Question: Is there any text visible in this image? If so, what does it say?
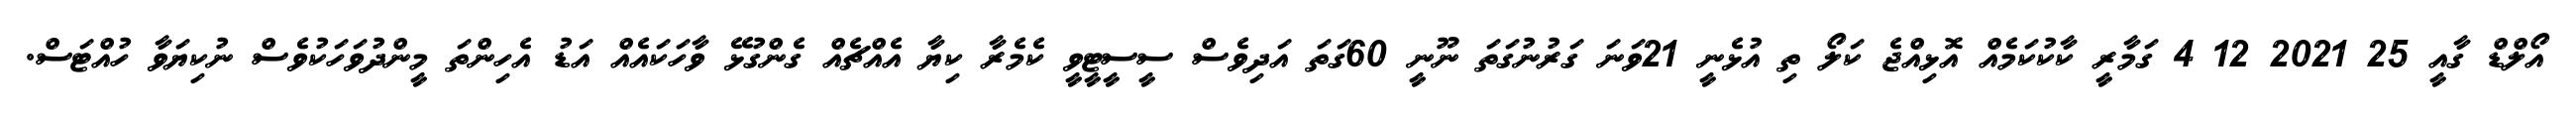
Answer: އޯލްޑް ގާއީ 25 2021 12 4 ގަމާރީ ކާކުކަމެއް އޮޅިއްޖެ ކަލޯ ތި އުޅެނީ 21ވަނަ ގަރުނުގަތަ ނޫނީ 60ގަތަ އަދިވެސް ސީސީޓީވީ ކެމެރާ ކިޔާ އެއްޗެއް ގެންގުޅޭ ވާހަކައެއް އަޑު އެހިންތަ މީންދުވަހަކުވެސް ނުކިޔަވާ ހުއްޓަސް.